Report on metropolitan horse fairs and district horse shows of 1891-92 - 1891-1892
Year: 1891
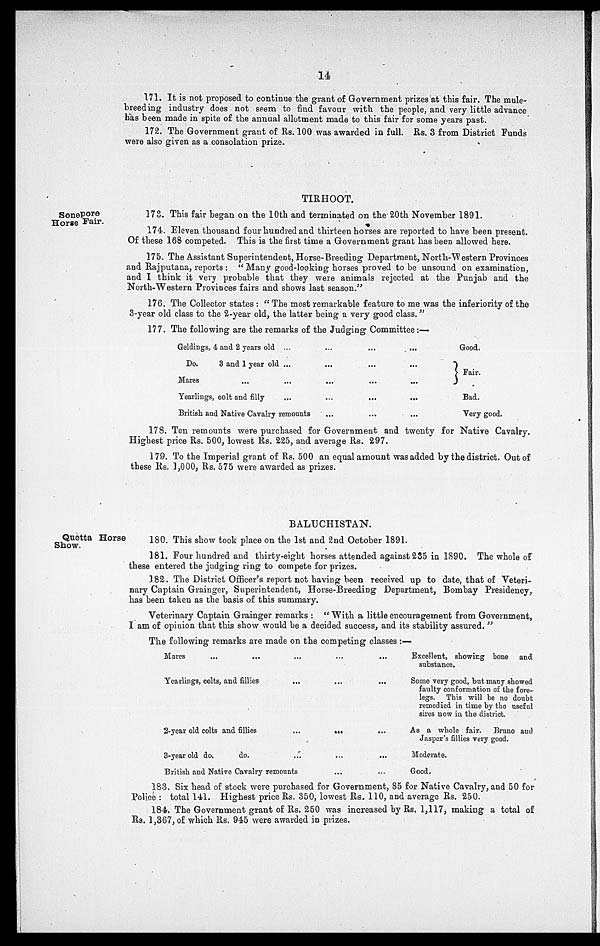
14
171. It is not proposed to continue the grant of Government prizes at this fair. The mule-
breeding industry does not seem to find favour with the people, and very little advance
has been made in spite of the annual allotment made to this fair for some years past.
172. The Government grant of Rs. 100 was awarded in full. Rs. 3 from District Funds
were also given as a consolation prize.
Sonepore
Horse Fair.
TIRHOOT.
173. This fair began on the 10th and terminated on the 20th November 1891.
174. Eleven thousand four hundred and thirteen horses are reported to have been present.
Of these 168 competed. This is the first time a Government grant has been allowed here.
175. The Assistant Superintendent, Horse-Breeding Department, North-Western Provinces
and Rajputana, reports: "Many good-looking horses proved to be unsound on examination,
and I think it very probable that they were animals rejected at the Punjab and the
North-Western Provinces fairs and shows last season."
176. The Collector states: "The most remarkable feature to me was the inferiority of the
3-year old class to the 2-year old, the latter being a very good class."
177. The following are the remarks of the Judging Committee:—
Geldings, 4 and 2 years old
Do.
3 and 1 year old
Mares ...
Yearlings, colt and filly
...
...
...
...
British and Native Cavalry remounts
...
...
...
...
...
...
...
...
...
...
...
...
...
...
...
Good.
Fair.
Bad.
Very good.
178. Ten remounts were purchased for Government and twenty for Native Cavalry.
Highest price Rs. 500, lowest Rs. 225, and average Rs. 297.
179. To the Imperial grant of Rs. 500 an equal amount was added by the district. Out of
these Rs. 1,000, Rs. 575 were awarded as prizes.
Quetta Horse
Show.
BALUCHISTAN.
180. This show took place on the 1st and 2nd October 1891.
181. Four hundred and thirty-eight horses attended against 235 in 1890. The whole of
these entered the judging ring to compete for prizes.
182. The District Officer's report not having been received up to date, that of Veteri-
nary Captain Grainger, Superintendent, Horse-Breeding Department, Bombay Presidency,
has been taken as the basis of this summary.
Veterinary Captain Grainger remarks: "With a little encouragement from Government,
I am of opinion that this show would be a decided success, and its stability assured."
The following remarks are made on the competing classes:—
Mares
...
...
Yearlings, colts, and fillies
2-year old colts and fillies
3-year old do.
do.
...
...
...
...
British and Native Cavalry remounts
...
...
...
...
...
...
...
...
...
...
Excellent, showing bone and
substance.
Some very good, but many showed
faulty conformation of the fore-
legs. This will be no doubt
remedied in time by the useful
sires now in the district.
As a whole fair.
Bruno and
Jasper's fillies very good.
Moderate.
Good.
183. Six head of stock were purchased for Government, 85 for Native Cavalry, and 50 for
Police: total 141. Highest price Rs. 350, lowest Rs. 110, and average Rs. 250.
184. The Government grant of Rs. 250 was increased by Rs. 1,117, making a total of
Rs. 1,367, of which Rs. 945 were awarded in prizes.